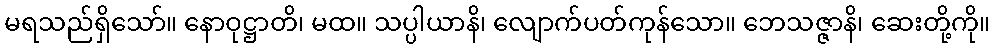
မရသည်ရှိသော်။ နောဝုဋ္ဌာတိ၊ မထ။ သပ္ပါယာနိ၊ လျောက်ပတ်ကုန်သော။ ဘေသဇ္ဇာနိ၊ ဆေးတို့ကို။